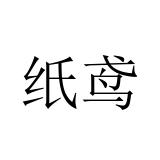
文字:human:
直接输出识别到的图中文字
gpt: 纸鸢